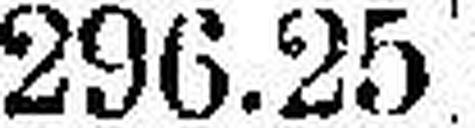
296.25